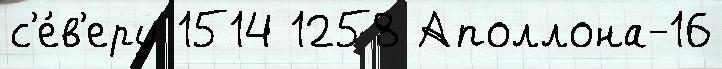
с'е́в'еру 1514 1258 Аполлона-16